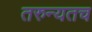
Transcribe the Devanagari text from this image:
तरुन्यतच